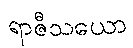
ရာဇီသယော